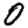
Digit: 0